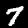
Label: 7